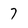
Character: 7